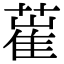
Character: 𦸏